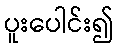
ပူးပေါင်း၍